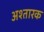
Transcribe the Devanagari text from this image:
अश्तारक